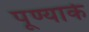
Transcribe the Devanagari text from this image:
पूण्यार्क